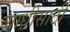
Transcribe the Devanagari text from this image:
व्याधीसाठी